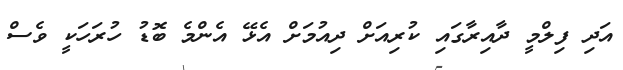
އަދި ފިލްމީ ދާއިރާގައި ކުރިއަށް ދިއުމަށް އެޅޭ އެންމެ ބޮޑު ހުރަހަކީ ވެސް